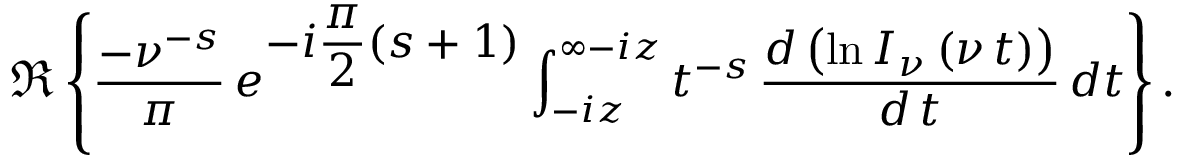
\Re \left\{ \frac { - \nu ^ { - s } } { \pi } \, e ^ { \displaystyle { - i \frac { \pi } { 2 } ( s + 1 ) } } \int _ { - i z } ^ { \infty - i z } t ^ { - s } \, \displaystyle { \frac { d \left( \ln { I _ { \nu } \left( \nu \, t \right) } \right) } { d \, t } } \, d t \right\} .